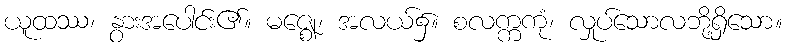
ယူထဿ၊ နွားအပေါင်း၏။ မဇ္ဈေ၊ အလယ်၌။ စလက္ကကုံ၊ လှုပ်သောလဘို့ရှိသော။